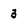
Character: 3